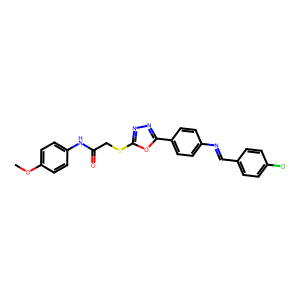
SMILES: COc1ccc(NC(=O)CSc2nnc(-c3ccc(N=Cc4ccc(Cl)cc4)cc3)o2)cc1
Inhibits HIV replication: No